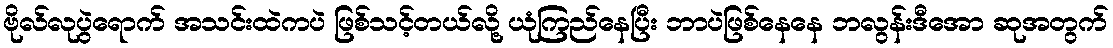
ဗိုလ်လုပွဲရောက် အသင်းထဲကပဲ ဖြစ်သင့်တယ်လို့ ယုံကြည်နေပြီး ဘာပဲဖြစ်နေနေ ဘလွန်းဒီအော ဆုအတွက်